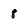
Character: 8